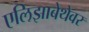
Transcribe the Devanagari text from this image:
एलिझाबेथेवर